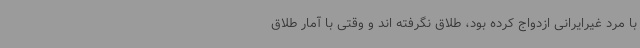
با مرد غیرایرانی ازدواج کرده بود، طلاق نگرفته اند و وقتی با آمار طلاق